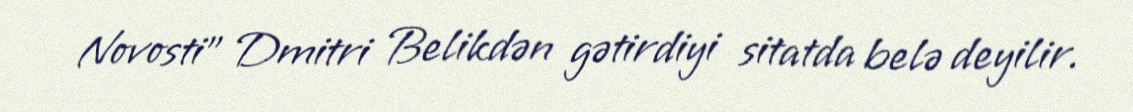
Novosti” Dmitri Belikdən gətirdiyi sitatda belə deyilir.